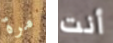
مرة أنت